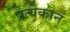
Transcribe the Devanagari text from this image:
प्रत्येकानं